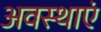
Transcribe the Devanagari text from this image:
अवस्‍थाएं